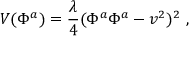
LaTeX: V ( \Phi ^ { a } ) = \frac { \lambda } { 4 } ( \Phi ^ { a } \Phi ^ { a } - v ^ { 2 } ) ^ { 2 } \ ,